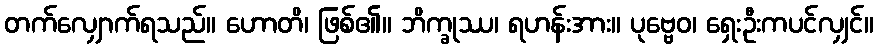
တက်လျှောက်ရသည်။ ဟောတိ၊ ဖြစ်၏။ ဘိက္ခုဿ၊ ရဟန်းအား။ ပုဗ္ဗေဝ၊ ရှေးဦးကပင်လျှင်။